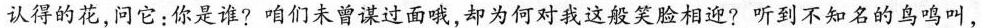
认得的花，问它：你是谁?咱们未曾谋过面哦，却为何对我这般笑脸相迎?听到不知名的鸟鸣叫，